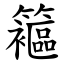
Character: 䉱